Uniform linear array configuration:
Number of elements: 24
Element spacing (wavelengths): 0.25
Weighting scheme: hann
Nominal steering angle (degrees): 15
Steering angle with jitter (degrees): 13.851
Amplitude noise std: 0.05
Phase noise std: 0.05

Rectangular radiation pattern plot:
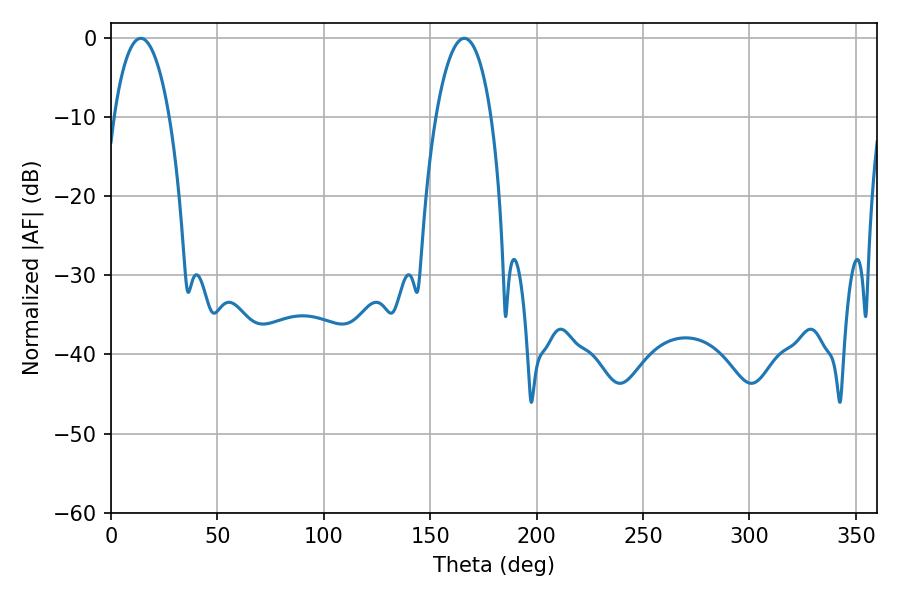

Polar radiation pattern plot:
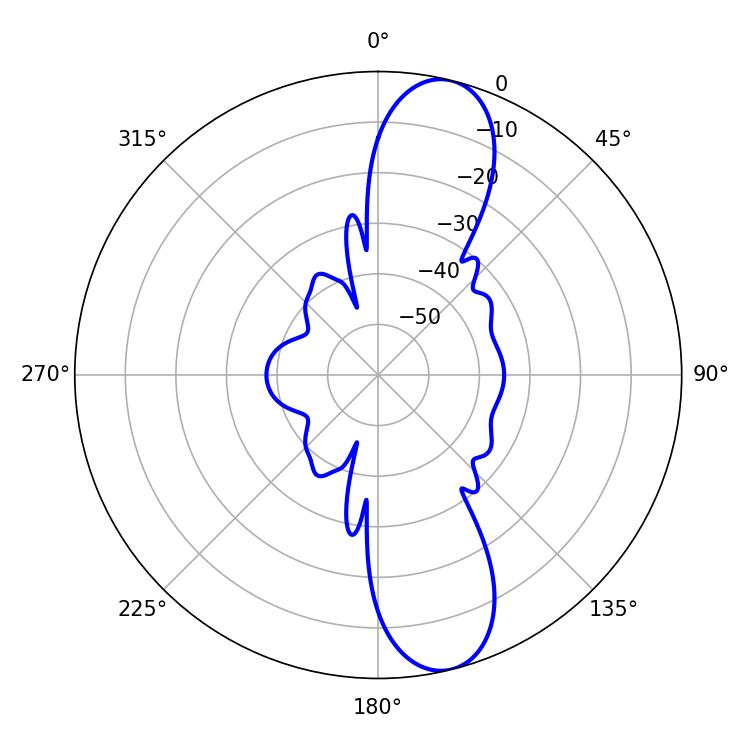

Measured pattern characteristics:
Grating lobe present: FALSE
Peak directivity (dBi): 11.801
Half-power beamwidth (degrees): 14.58
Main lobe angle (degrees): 14.04